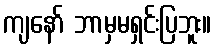
ကျနော် ဘာမှမရှင်းပြဘူး။